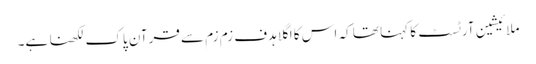
ملائیشین آرٹسٹ کا کہنا تھا کہ اس کا اگلا ہدف زم زم سے قرآن پاک لکھنا ہے۔